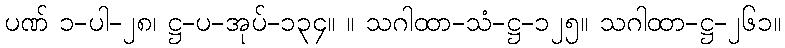
ပဏ် ၁-ပါ-၂၈၊ ဋ္ဌ-ပ-အုပ်-၁၃၄။ ။ သဂါထာ-သံ-ဋ္ဌ-၁၂၅။ သဂါထာ-ဋ္ဌ-၂၆၁။